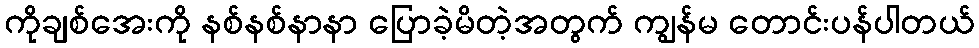
ကိုချစ်အေးကို နစ်နစ်နာနာ ပြောခဲ့မိတဲ့အတွက် ကျွန်မ တောင်းပန်ပါတယ်